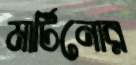
মার্টিনোর